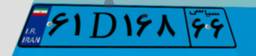
۰۴D۳۰۰۲۱